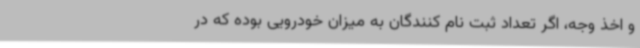
و اخذ وجه، اگر تعداد ثبت نام کنندگان به میزان خودرویی بوده که در